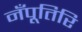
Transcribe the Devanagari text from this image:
नँपूतिरि